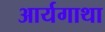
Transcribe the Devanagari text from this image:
आर्यगाथा